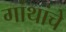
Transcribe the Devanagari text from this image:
गांथांचे